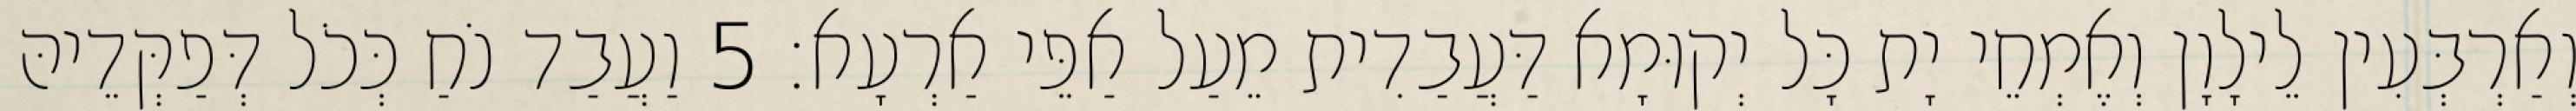
וְאַרְבְּעִין לֵילָוָן וְאֶמְחֵי יָת כָּל יְקוּמָא דַּעֲבַדִית מֵעַל אַפֵּי אַרְעָא׃ 5 וַעֲבַד נֹחַ כְּכֹל דְּפַקְּדֵיהּ